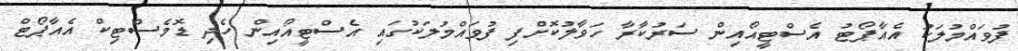
ފުވައްމުލަކު އެއާޕޯޓު އެސްޓީއޯއިން ސަރުކާރާ ހަވާލުކޮށްފި ފުވައްމުލަކުގައި އެސްޓީއޯއިން ހެދި ޑޮމެސްޓިކް އެއާޕޯޓް